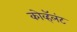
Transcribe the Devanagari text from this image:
कोव्हॅलंट